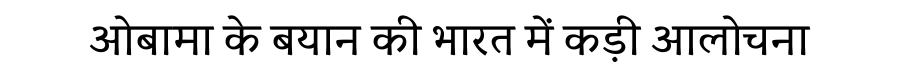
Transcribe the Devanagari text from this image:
ओबामा के बयान की भारत में कड़ी आलोचना